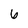
Character: 6